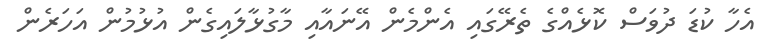
އެހާ ކުޑަ ދުވަސް ކޮޅެއްގެ ތެރޭގައި އެންމެން އޭނައާއި މާގުޅާލައިގެން އުޅުމުން އަހަރެން